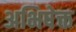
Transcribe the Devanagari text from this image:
अभिषेक्त